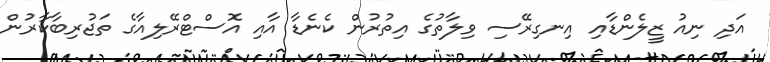
އަދި ނިއު ޒީލެންޑާއި އިނގިރޭސި ވިލާތުގެ އިތުރުން ކެނެޑާ އާއި އޮސްޓްރޭލިއާގެ ތަޖުރިބާކާރުން